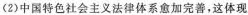
(2)中国特色社会主义法律体系愈加完善，这体现